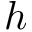
h